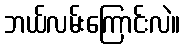
ဘယ်လမ်းကြောင်းလဲ။